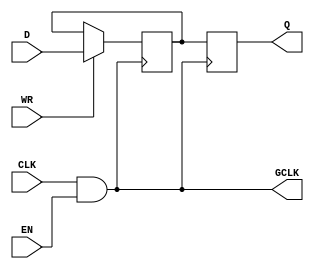
module conditional_clock_gating (
    input wire CLK,      // Primary clock signal
    input wire EN,       // Enable signal
    output wire GCLK,    // Gated clock signal
    input wire [7:0] D,  // Data input for memory block
    input wire WR,       // Write enable signal
    output reg [7:0] Q   // Data output from memory block
);

// Gating logic: GCLK is the result of ANDing CLK and EN
assign GCLK = CLK & EN;

// Memory block: simple register-based memory
reg [7:0] memory [0:255]; // 256 x 8-bit memory

// Write operation
always @(posedge GCLK) begin
    if (WR) begin
        memory[0] <= D; // Write data to address 0
    end
end

// Read operation
always @(posedge GCLK) begin
    Q <= memory[0]; // Read data from address 0
end

endmodule